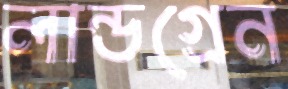
লান্ডগ্রেন